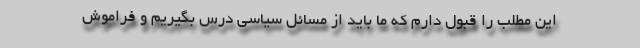
این مطلب را قبول دارم که ما باید از مسائل سیاسی درس بگیریم و فراموش